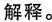
解释。